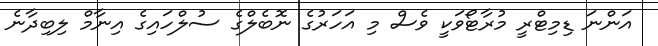
އަންނަ ޑިމިޓްރީ މުރާޓޯވަކީ ވެސް މި އަހަރުގެ ނޮބެލްގެ ސުލްހައިގެ އިނާމް ލިބިދާނެ